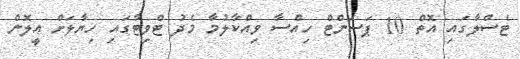
ޓެސްލާގައި އޮތް 10 ޕަސަންޓް ހިއްސާ ވިއްކާލުމާ މެދު ޓްވިޓާގައި ހިޔާލަށް އީލޮން